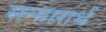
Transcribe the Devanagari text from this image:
सन्मारार्थ